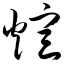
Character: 煊